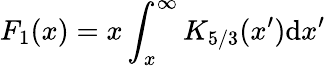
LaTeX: F_{1}(x)=x\int_{x}^{\infty}K_{5/3}(x^{\prime})\mathrm{d}x^{\prime}